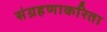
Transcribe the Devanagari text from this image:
संग्रहणाकरिता